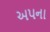
અપના